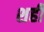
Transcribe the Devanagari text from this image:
शही